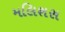
મલિશસ